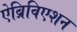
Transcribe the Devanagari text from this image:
ऐब्रिविएशन